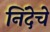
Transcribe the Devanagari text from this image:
निंदेचे